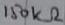
Text: 150KΩ